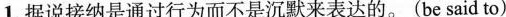
1.据说接纳是通过行为而不是沉默来表达的。(be said to）